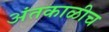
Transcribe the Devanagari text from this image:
अंतकाळीच